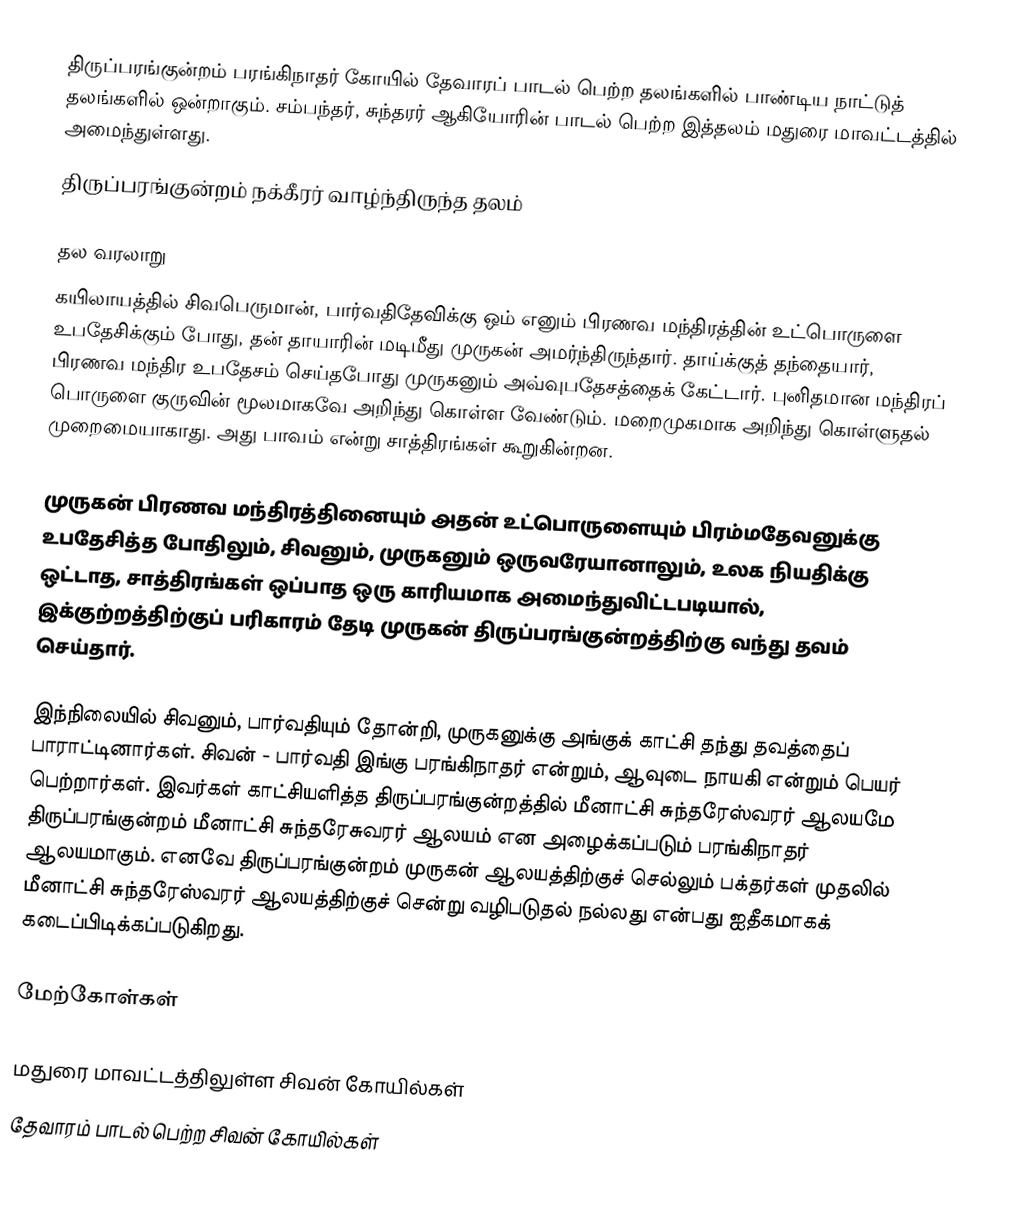
திருப்பரங்குன்றம் பரங்கிநாதர் கோயில் தேவாரப் பாடல் பெற்ற தலங்களில் பாண்டிய நாட்டுத் தலங்களில் ஒன்றாகும். சம்பந்தர், சுந்தரர் ஆகியோரின் பாடல் பெற்ற இத்தலம் மதுரை மாவட்டத்தில் அமைந்துள்ளது.
திருப்பரங்குன்றம் நக்கீரர் வாழ்ந்திருந்த தலம்

தல வரலாறு
கயிலாயத்தில் சிவபெருமான், பார்வதிதேவிக்கு ஒம் எனும் பிரணவ மந்திரத்தின் உட்பொருளை உபதேசிக்கும் போது, தன் தாயாரின் மடிமீது முருகன் அமர்ந்திருந்தார். தாய்க்குத் தந்தையார், பிரணவ மந்திர உபதேசம் செய்தபோது முருகனும் அவ்வுபதேசத்தைக் கேட்டார். புனிதமான மந்திரப் பொருளை குருவின் மூலமாகவே அறிந்து கொள்ள வேண்டும். மறைமுகமாக அறிந்து கொள்ளுதல் முறைமையாகாது. அது பாவம் என்று சாத்திரங்கள் கூறுகின்றன.

முருகன் பிரணவ மந்திரத்தினையும் அதன் உட்பொருளையும் பிரம்மதேவனுக்கு உபதேசித்த போதிலும், சிவனும், முருகனும் ஒருவரேயானாலும், உலக நியதிக்கு ஒட்டாத, சாத்திரங்கள் ஒப்பாத ஒரு காரியமாக அமைந்துவிட்டபடியால், இக்குற்றத்திற்குப் பரிகாரம் தேடி முருகன் திருப்பரங்குன்றத்திற்கு வந்து தவம் செய்தார்.

இந்நிலையில் சிவனும், பார்வதியும் தோன்றி, முருகனுக்கு அங்குக் காட்சி தந்து தவத்தைப் பாராட்டினார்கள். சிவன் - பார்வதி இங்கு பரங்கிநாதர் என்றும், ஆவுடை நாயகி என்றும் பெயர் பெற்றார்கள். இவர்கள் காட்சியளித்த திருப்பரங்குன்றத்தில் மீனாட்சி சுந்தரேஸ்வரர் ஆலயமே திருப்பரங்குன்றம் மீனாட்சி சுந்தரேசுவரர் ஆலயம் என அழைக்கப்படும் பரங்கிநாதர் ஆலயமாகும். எனவே திருப்பரங்குன்றம் முருகன் ஆலயத்திற்குச் செல்லும் பக்தர்கள் முதலில் மீனாட்சி சுந்தரேஸ்வரர் ஆலயத்திற்குச் சென்று வழிபடுதல் நல்லது என்பது ஐதீகமாகக் கடைப்பிடிக்கப்படுகிறது.

மேற்கோள்கள்

மதுரை மாவட்டத்திலுள்ள சிவன் கோயில்கள்
தேவாரம் பாடல் பெற்ற சிவன் கோயில்கள்